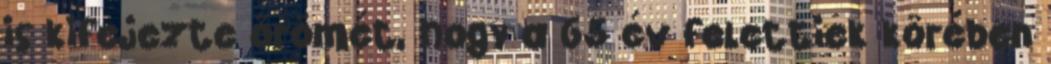
is kifejezte örömét, hogy a 65 év felettiek körében